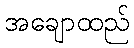
အချောထည်